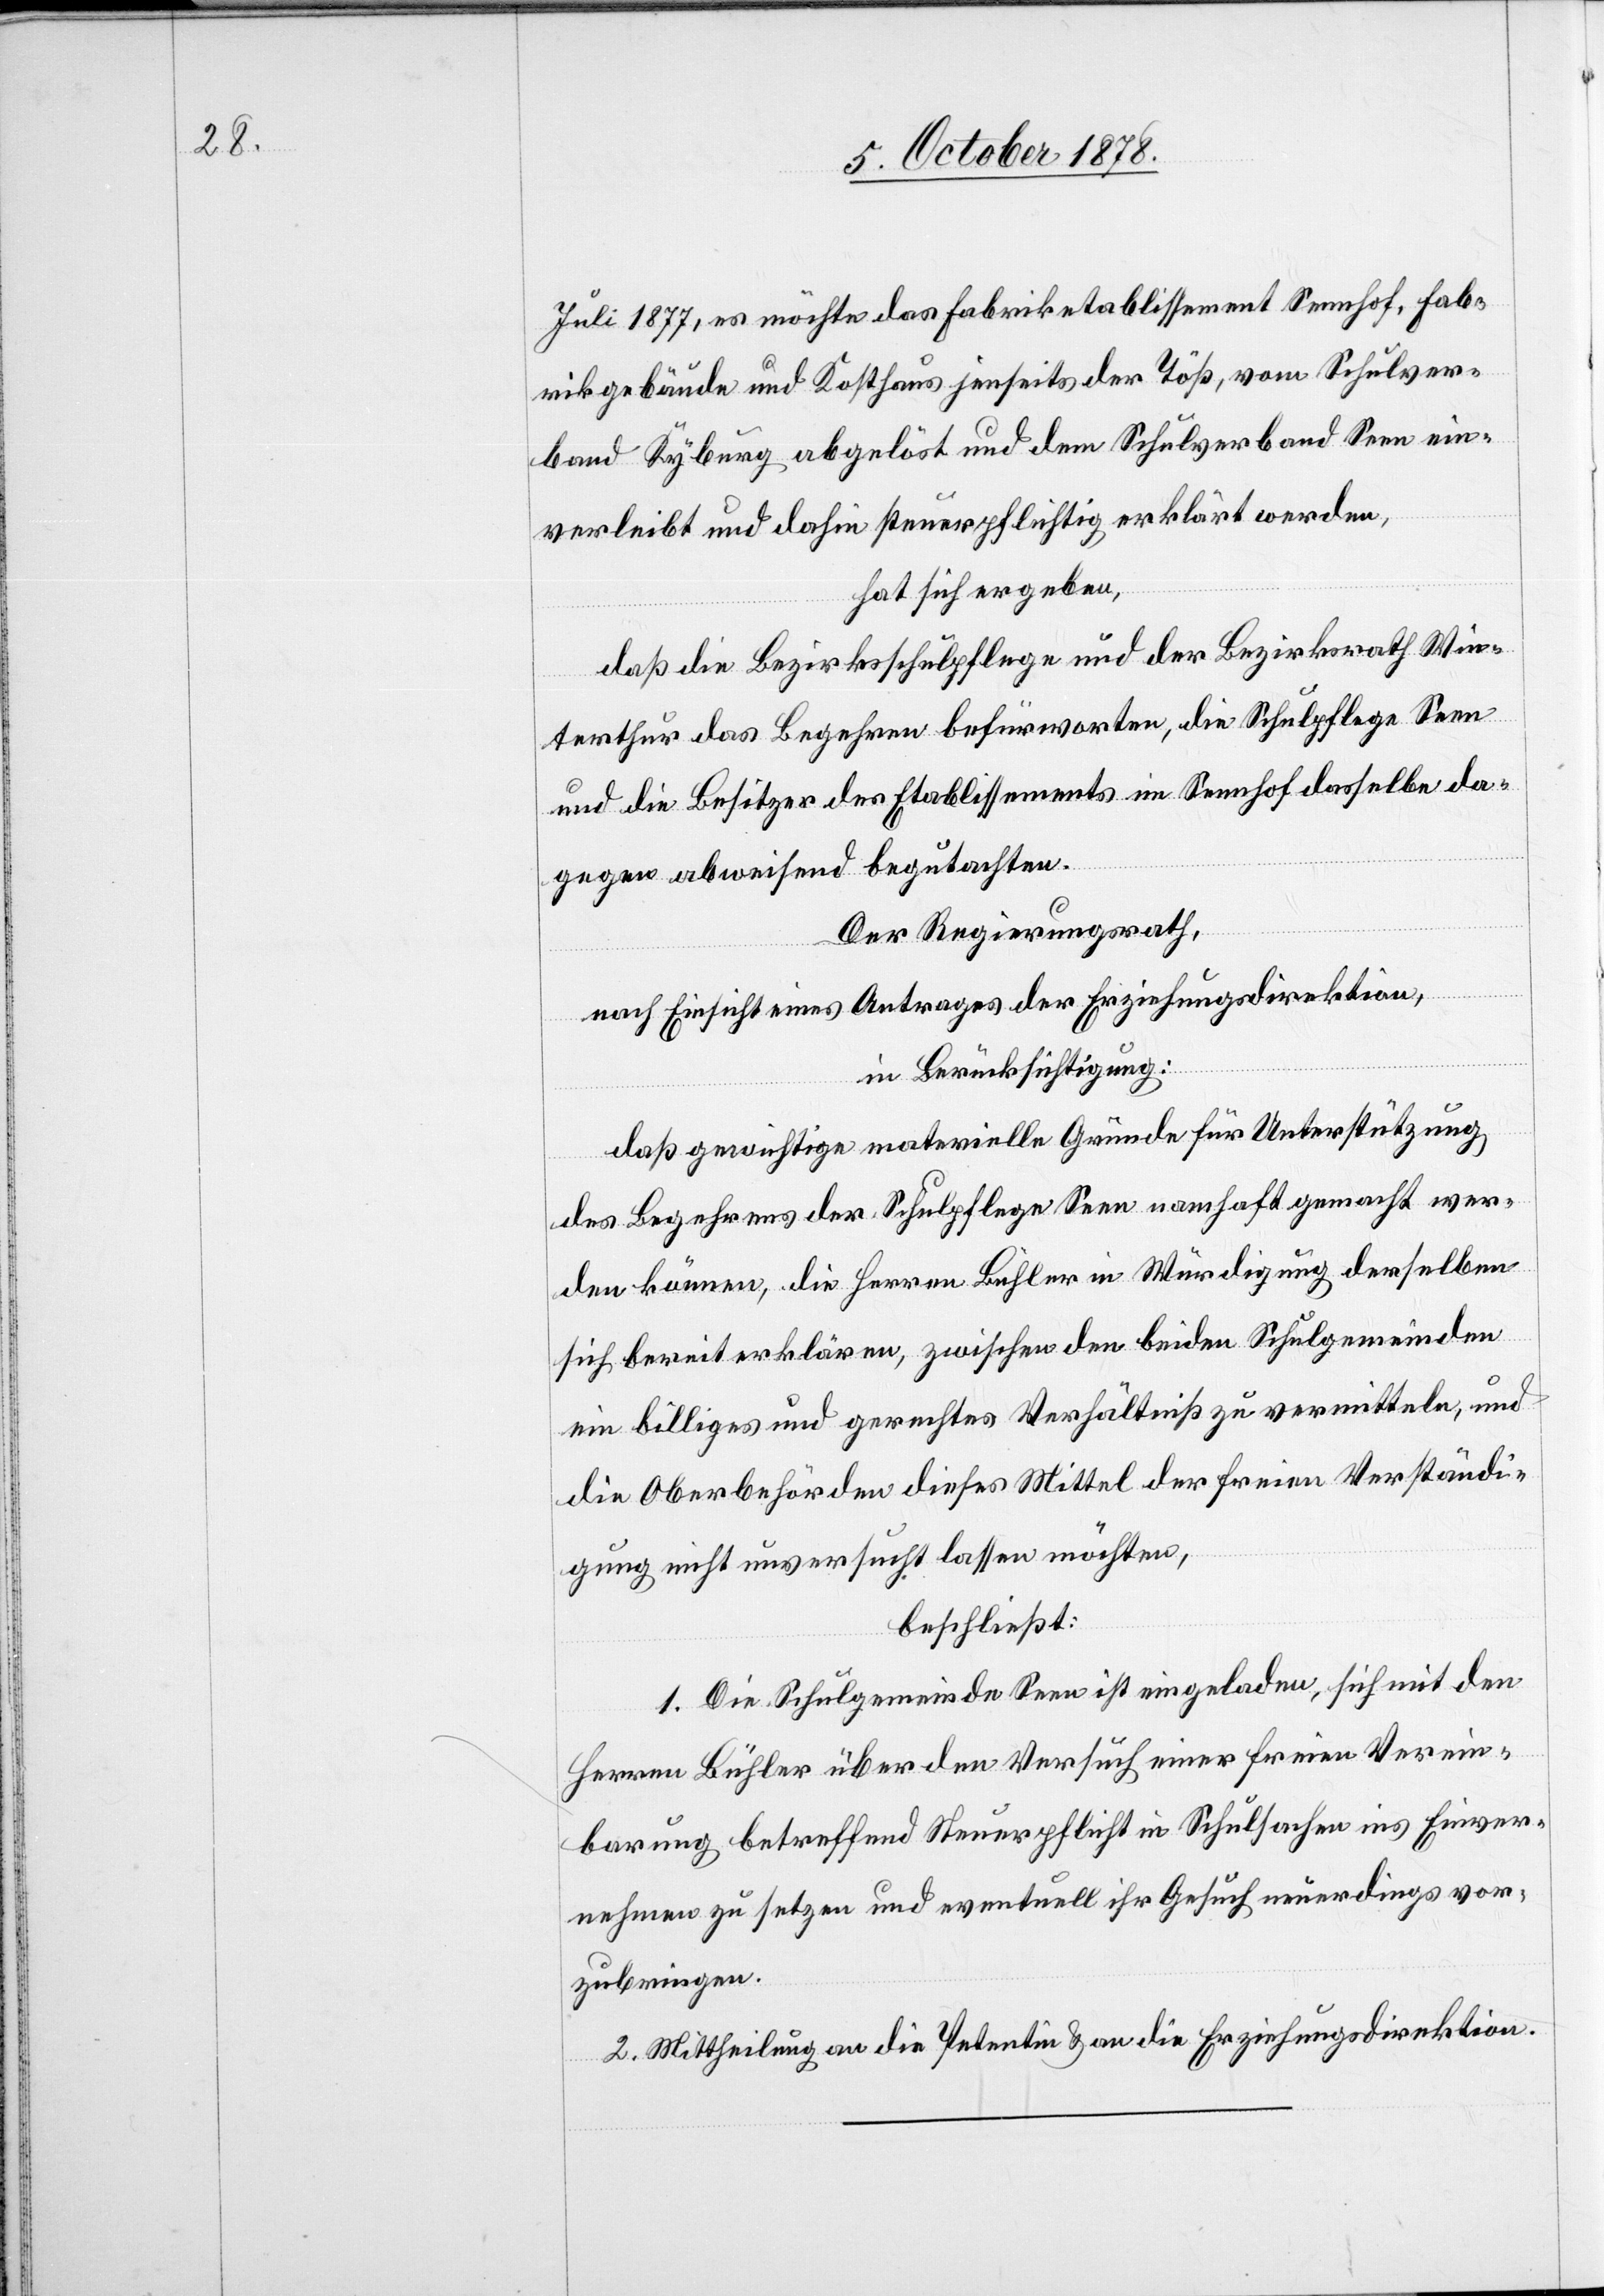
Juli 1877, es möchte das Fabriketablissement Sennhof, Fab¬
rikgebäude und Kosthaus jenseits der Töß, vom Schulver¬
band Kyburg abgelöst und dem Schulverband Seen ein¬
verleibt und dahin steuerpflichtig erklärt werden,
hat sich ergeben,
daß die Bezirksschulpflege und der Bezirksrath Win¬
terthur das Begehren befürworten, die Schulpflege Seen
und die Besitzer des Etablissements im Sennhof dasselbe da¬
gegen abweisend begutachteten.
Der Regierungsrath,
nach Einsicht eines Antrages der Erziehungsdirektion,
in Berücksichtigung:
daß gewichtige materielle Gründe für Unterstützung
des Begehrens der Schulpflege Seen namhaft gemacht wer¬
den können, die Herren Bühler in Würdigung derselben
sich bereit erklären, zwischen den beiden Schulgemeinden
ein billiges und gerechtes Verhältniß zu vermitteln, und
die Oberbehörde dieses Mittel der freien Verständi¬
gung nicht unversucht lassen möchten,
beschließt:
1. Die Schulgemeinde Seen ist eingeladen, sich mit den
Herren Bühler über den Versuch einer freien Verein¬
barung betreffend Steuerpflicht in Schulsachen ins Einver¬
nehmen zu setzen und eventuell ihr Gesuch neuerdings vor¬
zubringen.
2. Mittheilung an die Petentin & an die Erziehungsdirektion.